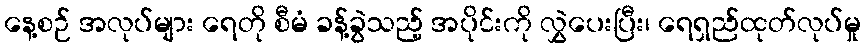
နေ့စဉ် အလုပ်များ ရေတို စီမံ ခန့်ခွဲသည့် အပိုင်းကို လွှဲပေးပြီး၊ ရေရှည်ထုတ်လုပ်မှု